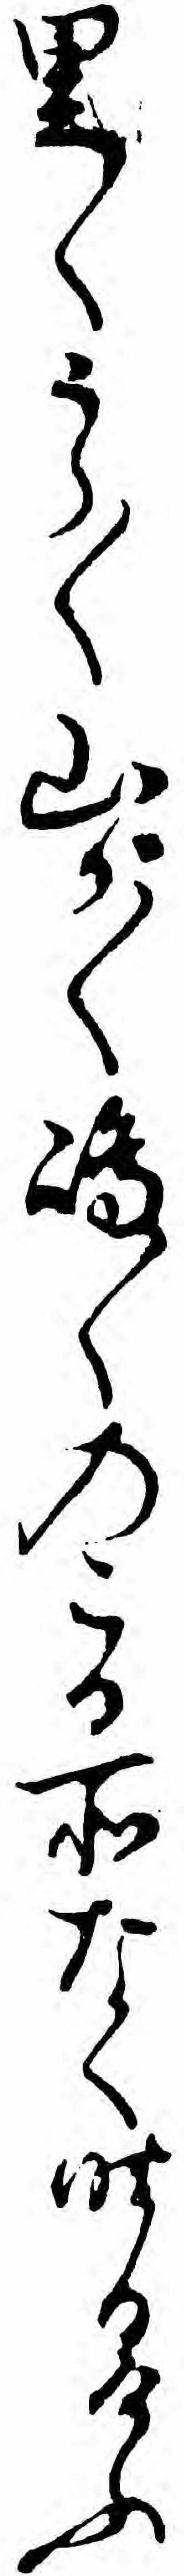
里〱うら〱山が〱島〱のこる所なく昨日けふ